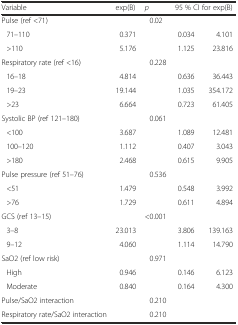
<table><thead><tr><td><b>Variable</b></td><td><b>exp(B)</b></td><td><b><i>p</i></b></td><td colspan="2"><b>95 % CI for exp(B)</b></td></tr></thead><tbody><tr><td>Pulse (ref &lt;71)</td><td></td><td>0.02</td><td></td><td></td></tr><tr><td> 71–110</td><td>0.371</td><td></td><td>0.034</td><td>4.101</td></tr><tr><td> &gt;110</td><td>5.176</td><td></td><td>1.125</td><td>23.816</td></tr><tr><td>Respiratory rate (ref &lt;16)</td><td></td><td>0.228</td><td></td><td></td></tr><tr><td> 16–18</td><td>4.814</td><td></td><td>0.636</td><td>36.443</td></tr><tr><td> 19–23</td><td>19.144</td><td></td><td>1.035</td><td>354.172</td></tr><tr><td> &gt;23</td><td>6.664</td><td></td><td>0.723</td><td>61.405</td></tr><tr><td>Systolic BP (ref 121–180)</td><td></td><td>0.061</td><td></td><td></td></tr><tr><td> &lt;100</td><td>3.687</td><td></td><td>1.089</td><td>12.481</td></tr><tr><td> 100–120</td><td>1.112</td><td></td><td>0.407</td><td>3.043</td></tr><tr><td> &gt;180</td><td>2.468</td><td></td><td>0.615</td><td>9.905</td></tr><tr><td>Pulse pressure (ref 51–76)</td><td></td><td>0.536</td><td></td><td></td></tr><tr><td> &lt;51</td><td>1.479</td><td></td><td>0.548</td><td>3.992</td></tr><tr><td> &gt;76</td><td>1.729</td><td></td><td>0.611</td><td>4.894</td></tr><tr><td>GCS (ref 13–15)</td><td></td><td>&lt;0.001</td><td></td><td></td></tr><tr><td> 3–8</td><td>23.013</td><td></td><td>3.806</td><td>139.163</td></tr><tr><td> 9–12</td><td>4.060</td><td></td><td>1.114</td><td>14.790</td></tr><tr><td>SaO2 (ref low risk)</td><td></td><td>0.971</td><td></td><td></td></tr><tr><td> High</td><td>0.946</td><td></td><td>0.146</td><td>6.123</td></tr><tr><td> Moderate</td><td>0.840</td><td></td><td>0.164</td><td>4.300</td></tr><tr><td>Pulse/SaO2 interaction</td><td></td><td>0.210</td><td></td><td></td></tr><tr><td>Respiratory rate/SaO2 interaction</td><td></td><td>0.210</td><td></td><td></td></tr></tbody></table>